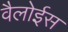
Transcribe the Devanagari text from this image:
वैलोईस